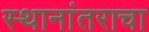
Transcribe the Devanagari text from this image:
स्थानांतराचा